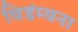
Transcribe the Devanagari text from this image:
विडंम्बना